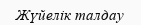
Жүйелік талдау